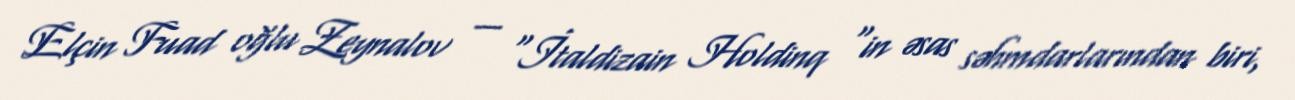
Elçin Fuad oğlu Zeynalov — "İtaldizain Holdinq "in əsas səhmdarlarından biri,